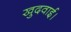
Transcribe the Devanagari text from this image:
खुदवाई।